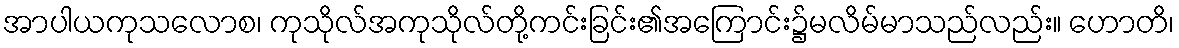
အာပါယကုသလောစ၊ ကုသိုလ်အကုသိုလ်တို့ကင်းခြင်း၏အကြောင်း၌မလိမ်မာသည်လည်း။ ဟောတိ၊